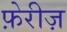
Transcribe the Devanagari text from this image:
फ़ेरीज़